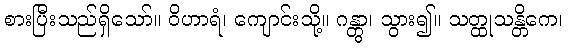
စားပြီးသည်ရှိသော်။ ဝိဟာရံ၊ ကျောင်းသို့။ ဂန္တွာ၊ သွား၍။ သတ္ထုသန္တိကေ၊